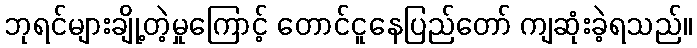
ဘုရင်များချို့တဲ့မှုကြောင့် တောင်ငူနေပြည်တော် ကျဆုံးခဲ့ရသည်။